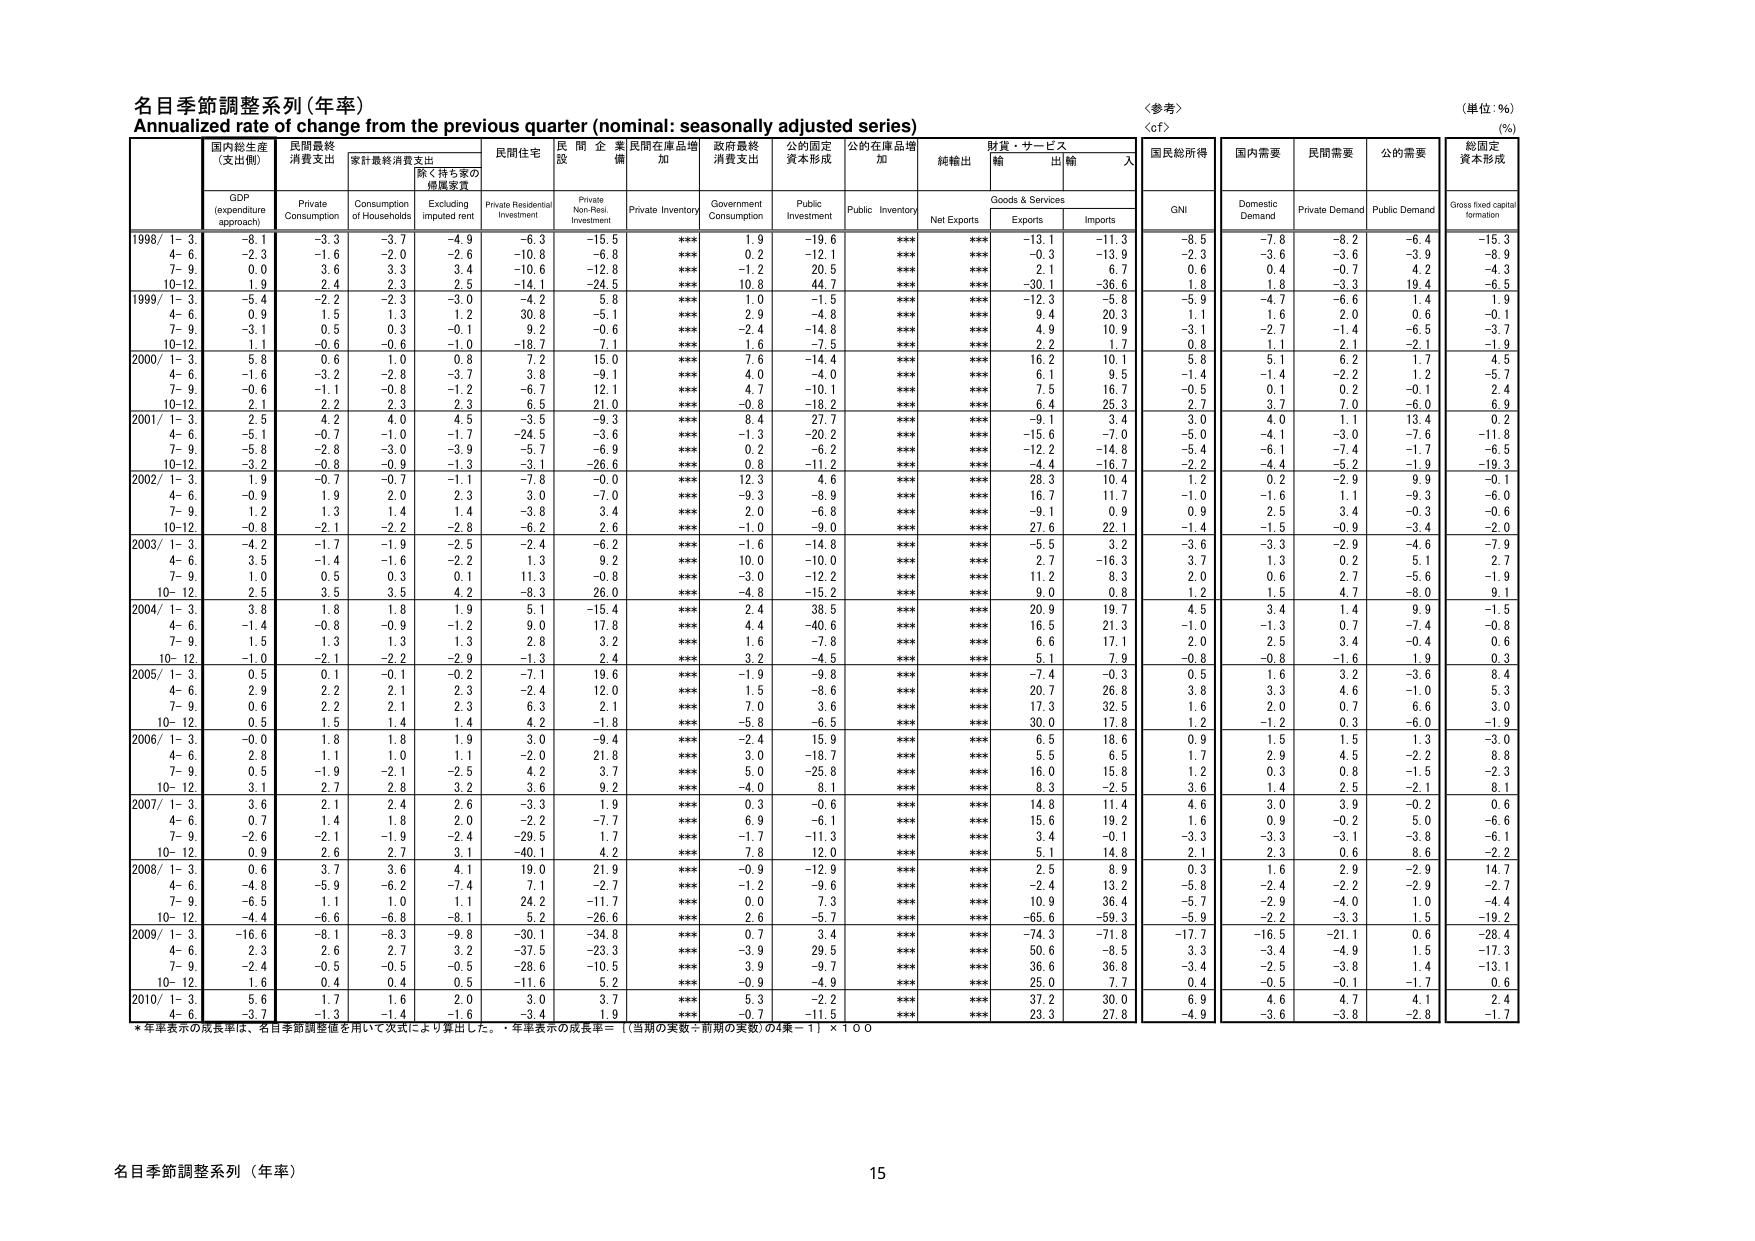
名目季節調整系列（年率）
Annualized rate of change from the previous quarter (nominal: seasonally adjusted series)
〈参考〉
〈cf〉
（単位：%）
（%）

国内総生産
（支出側）
GDP
(expenditure approach)

民間最終
消費支出
Private
Consumption

家計最終消費支出
Consumption
of Households

家・持ち家の
増量変質
Excluding
imputed rent

民間住宅
Private Residential
Investment

民間企業
設備
Private Non-Resi.
Investment

民間在庫品増加
Private Inventory

政府最終
消費支出
Government
Consumption

公的固定
資本形成
Public
Investment

公的在庫品増加
Public Inventory

純輸出
Net Exports

財貨・サービス
Goods & Services

輸出
Exports

輸入
Imports

国民総所得
GNI

国内需要
Domestic
Demand

民間需要
Private Demand

公的需要
Public Demand

総固定
資本形成
Gross fixed capital
formation

1998/ 1- 3.
-8.1
-3.3
-3.7
-4.9
-6.3
-15.5
***
1.9
-19.6
***
***
-13.1
-11.3
-8.5
-7.8
-8.2
-6.4
-15.3

4- 6.
-2.3
-1.6
-2.0
-2.6
-10.8
-6.8
***
0.2
-12.1
***
***
-0.3
-13.9
-2.3
-3.6
-3.6
-3.9
-8.9

7- 9.
0.0
3.6
3.3
3.4
-10.6
-12.8
***
-1.2
20.5
***
***
2.1
6.7
0.6
0.4
-0.7
4.2
-4.3

10-12.
1.9
2.4
2.3
2.5
-14.1
-24.5
***
10.8
44.7
***
***
-30.1
-36.6
1.8
1.8
-3.3
19.4
-6.5

1999/ 1- 3.
-5.4
-2.2
-2.3
-3.0
-4.2
5.8
***
1.0
-1.5
***
***
-12.3
-5.8
-5.9
-4.7
-6.6
1.4
1.9

4- 6.
0.9
1.5
1.3
1.2
30.8
-5.1
***
2.9
-4.8
***
***
9.4
20.3
1.1
1.6
2.0
0.6
-0.1

7- 9.
-3.1
0.5
0.3
-0.1
9.2
-0.6
***
-2.4
-14.8
***
***
4.9
10.9
-3.1
-2.7
-1.4
-6.5
-3.7

10-12.
1.1
-0.6
-0.6
-1.0
-18.7
7.1
***
1.6
-7.5
***
***
2.2
1.7
0.8
1.1
2.1
-2.1
-1.9

2000/ 1- 3.
5.8
0.6
1.0
0.8
7.2
15.0
***
7.6
-14.4
***
***
16.2
10.1
5.8
5.1
6.2
1.7
4.5

4- 6.
-1.6
-3.2
-2.8
-3.7
3.8
-9.1
***
4.0
-4.0
***
***
6.1
9.5
-1.4
-1.4
-2.2
1.2
-5.7

7- 9.
-0.6
-1.1
-0.8
-1.2
-6.7
12.1
***
4.7
-10.1
***
***
7.5
16.7
-0.5
0.1
0.2
-0.1
2.4

10-12.
2.1
2.2
2.3
2.3
6.5
21.0
***
-0.8
-18.2
***
***
6.4
25.3
2.7
3.7
7.0
-6.0
6.9

2001/ 1- 3.
2.5
4.2
4.0
4.5
-3.5
-9.3
***
8.4
27.7
***
***
-9.1
3.4
3.0
4.0
1.1
13.4
0.2

4- 6.
-5.1
-0.7
-1.0
-1.7
-24.5
-3.6
***
-1.3
-20.2
***
***
-15.6
-7.0
-5.0
-4.1
-3.0
-7.6
-11.8

7- 9.
-5.8
-2.8
-3.0
-3.9
-5.7
-6.9
***
0.2
-6.2
***
***
-12.2
-14.8
-5.4
-6.1
-7.4
-1.7
-6.5

10-12.
-3.2
-0.6
-0.9
-1.3
-3.1
-26.6
***
0.8
-11.2
***
***
-4.4
-16.7
-2.2
-4.4
-5.2
-1.9
-19.3

2002/ 1- 3.
1.9
-0.7
-0.7
-1.1
-7.8
-0.0
***
12.3
4.6
***
***
28.3
10.4
1.2
0.2
-2.9
9.9
-0.1

4- 6.
-0.9
1.9
2.0
2.3
3.0
-7.0
***
-9.3
-8.9
***
***
16.7
11.7
-1.0
-1.6
1.1
-9.3
-6.0

7- 9.
1.2
1.3
1.4
1.4
-3.8
3.4
***
2.0
-6.8
***
***
-9.1
0.9
0.9
2.5
3.4
-0.3
-0.6

10-12.
-0.8
-2.1
-2.2
-2.8
-6.2
2.6
***
-1.0
-9.0
***
***
27.6
22.1
-1.4
-1.5
-0.9
-3.4
-2.0

2003/ 1- 3.
-4.2
-1.7
-1.9
-2.5
-2.4
-6.2
***
-1.6
-14.8
***
***
-5.5
3.2
-3.6
-3.3
-2.9
-4.6
-7.9

4- 6.
3.5
-1.4
-1.6
-2.2
1.3
9.2
***
10.0
-10.0
***
***
2.7
-16.3
3.7
1.3
0.2
5.1
2.7

7- 9.
1.0
0.5
0.3
0.1
11.3
-0.8
***
-3.0
-12.2
***
***
11.2
8.3
2.0
0.6
2.7
-5.6
-1.9

10-12.
2.5
3.5
3.5
4.2
-8.3
26.0
***
-4.8
-15.2
***
***
9.0
0.8
1.2
1.5
4.7
-8.0
9.1

2004/ 1- 3.
3.8
1.8
1.8
1.9
5.1
-15.4
***
2.4
38.5
***
***
20.9
19.7
4.5
3.4
1.4
9.9
-1.5

4- 6.
-1.4
-0.8
-0.9
-1.2
9.0
17.8
***
4.4
-40.6
***
***
16.5
21.3
-1.0
-1.3
0.7
-7.4
-0.8

7- 9.
1.5
1.3
1.3
1.3
2.8
3.2
***
1.6
-7.8
***
***
6.6
17.1
2.0
2.5
3.4
-0.4
0.6

10-12.
-1.0
-2.1
-2.2
-2.9
-1.3
2.4
***
3.2
-4.5
***
***
5.1
7.9
-0.8
-0.8
-1.6
1.9
0.3

2005/ 1- 3.
0.5
0.1
-0.1
-0.2
-7.1
19.6
***
-1.9
-9.8
***
***
-7.4
-0.3
0.5
1.6
3.2
-3.6
8.4

4- 6.
2.9
2.2
2.1
2.3
-2.4
12.0
***
1.5
-8.6
***
***
20.7
26.8
3.8
3.3
4.6
-1.0
5.3

7- 9.
0.6
2.2
2.1
2.3
6.3
2.1
***
7.0
3.6
***
***
17.3
32.5
1.6
2.0
0.7
6.6
3.0

10-12.
0.5
1.5
1.4
1.4
4.2
-1.8
***
-5.8
-6.5
***
***
30.0
17.8
1.2
-1.2
0.3
-6.0
-1.9

2006/ 1- 3.
-0.0
1.8
1.8
1.9
3.0
-9.4
***
-2.4
15.9
***
***
6.5
18.6
0.9
1.5
1.5
1.3
-3.0

4- 6.
2.8
1.1
1.0
1.1
-2.0
21.8
***
3.0
-18.7
***
***
5.5
6.5
1.7
2.9
4.5
-2.2
8.8

7- 9.
0.5
-1.9
-2.1
-2.5
4.2
3.7
***
5.0
-25.8
***
***
16.0
15.8
1.2
0.3
0.8
-1.5
-2.3

10-12.
3.1
2.7
2.8
3.2
3.6
9.2
***
-4.0
8.1
***
***
8.3
-2.5
3.6
1.4
2.5
-2.1
8.1

2007/ 1- 3.
3.6
2.1
2.4
2.6
-3.3
1.9
***
0.3
-0.6
***
***
14.8
11.4
4.6
3.0
3.9
-0.2
0.6

4- 6.
0.7
1.4
1.8
2.0
-2.2
-7.7
***
6.9
-6.1
***
***
15.6
19.2
1.6
0.9
-0.2
5.0
-6.6

7- 9.
-2.6
-2.1
-1.9
-2.4
-29.5
1.7
***
-1.7
-11.3
***
***
3.4
-0.1
-3.3
-3.3
-3.1
-3.8
-6.1

10-12.
0.9
2.6
2.7
3.1
-40.1
4.2
***
7.8
12.0
***
***
5.1
14.8
2.1
2.3
0.6
8.6
-2.2

2008/ 1- 3.
0.6
3.7
3.6
4.1
19.0
21.9
***
-0.9
-12.9
***
***
2.5
8.9
0.3
1.6
2.9
-2.9
14.7

4- 6.
-4.8
-5.9
-6.2
-7.4
7.1
-2.7
***
-1.2
-9.6
***
***
-2.4
13.2
-5.8
-2.4
-2.2
-2.9
-2.7

7- 9.
-6.5
1.1
1.0
1.1
24.2
-11.7
***
0.0
7.3
***
***
10.9
36.4
-5.7
-2.9
-4.0
1.0
-4.4

10-12.
-4.4
-6.6
-6.8
-8.1
5.2
-26.6
***
2.6
-5.7
***
***
-65.6
-59.3
-5.9
-2.2
-3.3
1.5
-19.2

2009/ 1- 3.
-16.6
-8.1
-8.3
-9.8
-30.1
-34.8
***
0.7
3.4
***
***
-74.3
-71.8
-17.7
-16.5
-21.1
0.6
-28.4

4- 6.
2.3
2.6
2.7
3.2
-37.5
-23.3
***
-3.9
29.5
***
***
50.6
-8.5
3.3
-3.4
-4.9
1.5
-17.3

7- 9.
-2.4
-0.5
-0.5
-0.5
-28.6
-10.5
***
3.9
-9.7
***
***
36.6
36.8
-3.4
-2.5
-3.8
1.4
-13.1

10-12.
1.6
0.4
0.4
0.5
-11.6
5.2
***
-0.9
-4.9
***
***
25.0
7.7
0.4
-0.5
-0.1
-1.7
0.6

2010/ 1- 3.
5.6
1.7
1.6
2.0
3.0
3.7
***
5.3
-2.2
***
***
37.2
30.0
6.9
4.6
4.7
4.1
2.4

4- 6.
-3.7
-1.3
-1.4
-1.6
-3.4
1.9
***
-0.7
-11.5
***
***
23.3
27.8
-4.9
-3.6
-3.8
-2.8
-1.7

* 年率表示の成長率は、名目季節調整値を用いて次式により算出した。・年率表示の成長率＝（当期の実数÷前期の実数）の4乗－1）×100

名目季節調整系列（年率）
15